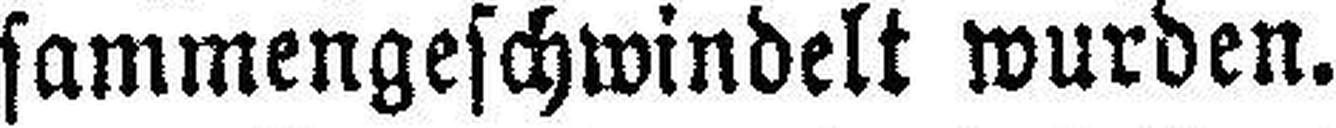
sammengeschwindelt wurden.